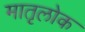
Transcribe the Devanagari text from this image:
मातृलोक